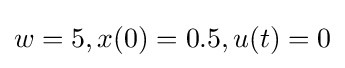
w=5,x(0)=0.5,u(t)=0